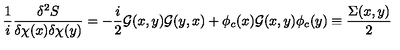
\frac { 1 } { i } \frac { \delta ^ { 2 } S } { \delta \chi ( x ) \delta \chi ( y ) } = - \frac { i } { 2 } { \cal G } ( x , y ) { \cal G } ( y , x ) + \phi _ { c } ( x ) { \cal G } ( x , y ) \phi _ { c } ( y ) \equiv \frac { \Sigma ( x , y ) } { 2 }